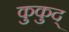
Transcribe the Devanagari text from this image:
कुकुद्